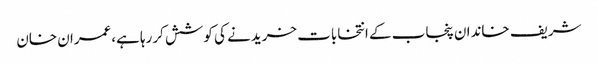
شریف خاندان پنجاب کے انتخابات خریدنے کی کوشش کررہا ہے،عمران خان